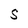
Character: S